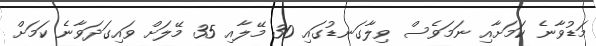
މަޑުވާނެ ކަމަށާއި ނަމަވެސް ވިލާގަނޑުގައި 30 މޭލާއި 35 މޭލަށް ވައިގަދަވާނެ ކަމަށް